Leaving Certificate Examination (including Day School Certificate (Higher) General paper), 1936
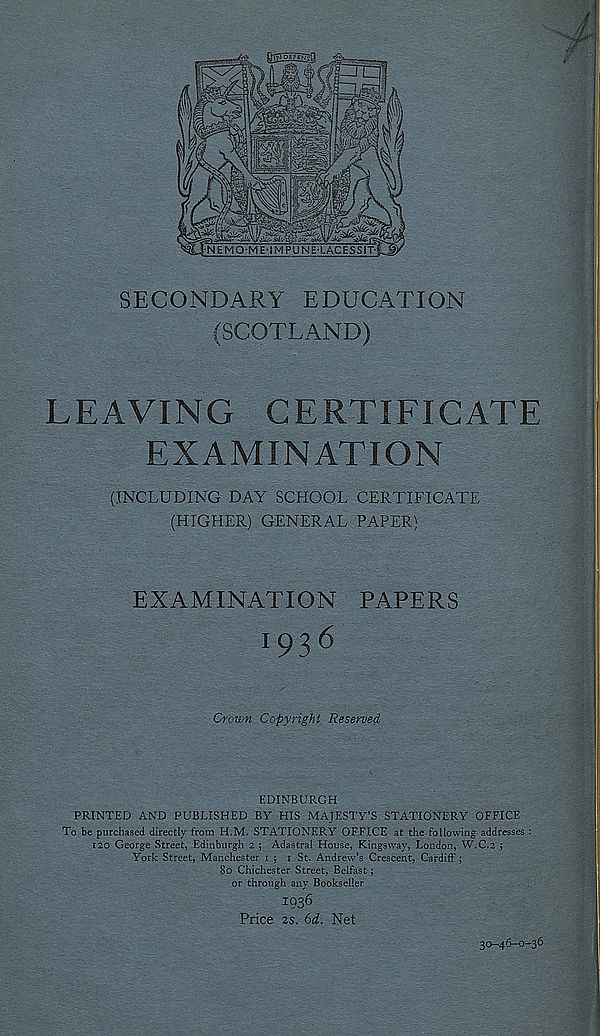
SECONDARY EDUCATION
(SCOTLAND)
LEAVING
CERTIFICATE
EXAMINATION
(INCLUDING DAY SCHOOL CERTIFICATE
(HIGHER) GENERAL PAPER)
EXAMINATION PAPERS
1 93 ^
Crown Copyright Reserved
EDINBURGH
PRINTED AND PUBLISHED BY HIS MAJESTY’S STATIONERY OFFICE
To be purchased directly from H.M. STATIONERY OFFICE at the following addresses :
120 George Street, Edinburgh 2 ; Adastral House, Kings way, London, W.C.2 $
York Street, Manchester i ; i St. Andrew’s Crescent, Cardiff;
8o Chichester Street, Belfast;
or through any Bookseller
1936
Price 2s. 6d. Net
30-46-0-36